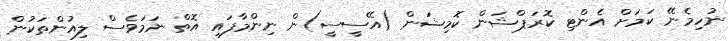
ނުހިމެނޭ ކަމަށް އެންޓި ކޮރަޕްޝަން ކޮމިޝަން (އޭސީސީ)ން ނިންމާފައި އޮތް ނަމަވެސް ލިއުންތަކުން